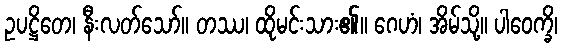
ဥပဋ္ဌိတေ၊ နီးလတ်သော်။ တဿ၊ ထိုမင်းသား၏။ ဂေဟံ၊ အိမ်သို့။ ပါဝေက္ခိ၊